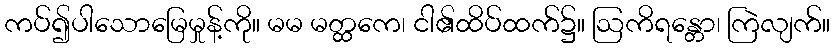
ကပ်၍ပါသောမြေမှုန့်ကို။ မမ မတ္ထကေ၊ ငါ၏ထိပ်ထက်၌။ ဩကိရန္တော၊ ကြဲလျက်။